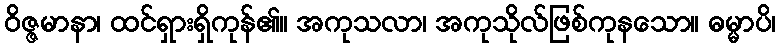
ဝိဇ္ဇမာနာ၊ ထင်ရှားရှိကုန်၏။ အကုသလာ၊ အကုသိုလ်ဖြစ်ကုနသော။ ဓမ္မာပိ၊